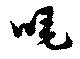
唵